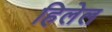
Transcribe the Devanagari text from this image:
हिलेल